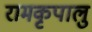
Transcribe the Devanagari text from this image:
रामकृपालु